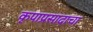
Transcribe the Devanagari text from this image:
कृपाप्रसादाचा